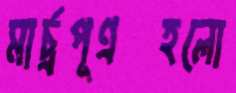
মার্চ্রপূর্ণ্রহলো